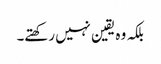
بلکہ وہ یقین نہیں رکھتے۔